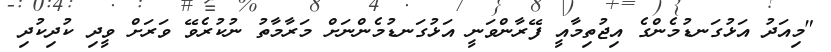
"މިއަދު އަޅުގަނޑުމެންގެ އިޖުތިމާއީ ފޭރާންވަނީ އަޅުގަނޑުމެންނަށް މަރާމާތު ނުކުރެވޭ ވަރަށް ވީދި ކުދިކުދި